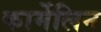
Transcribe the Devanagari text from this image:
कार्मेलिन